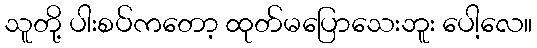
သူတို့ ပါးစပ်ကတော့ ထုတ်မပြောသေးဘူး ပေါ့လေ။